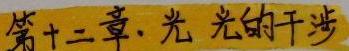
第十二章.光光的干涉